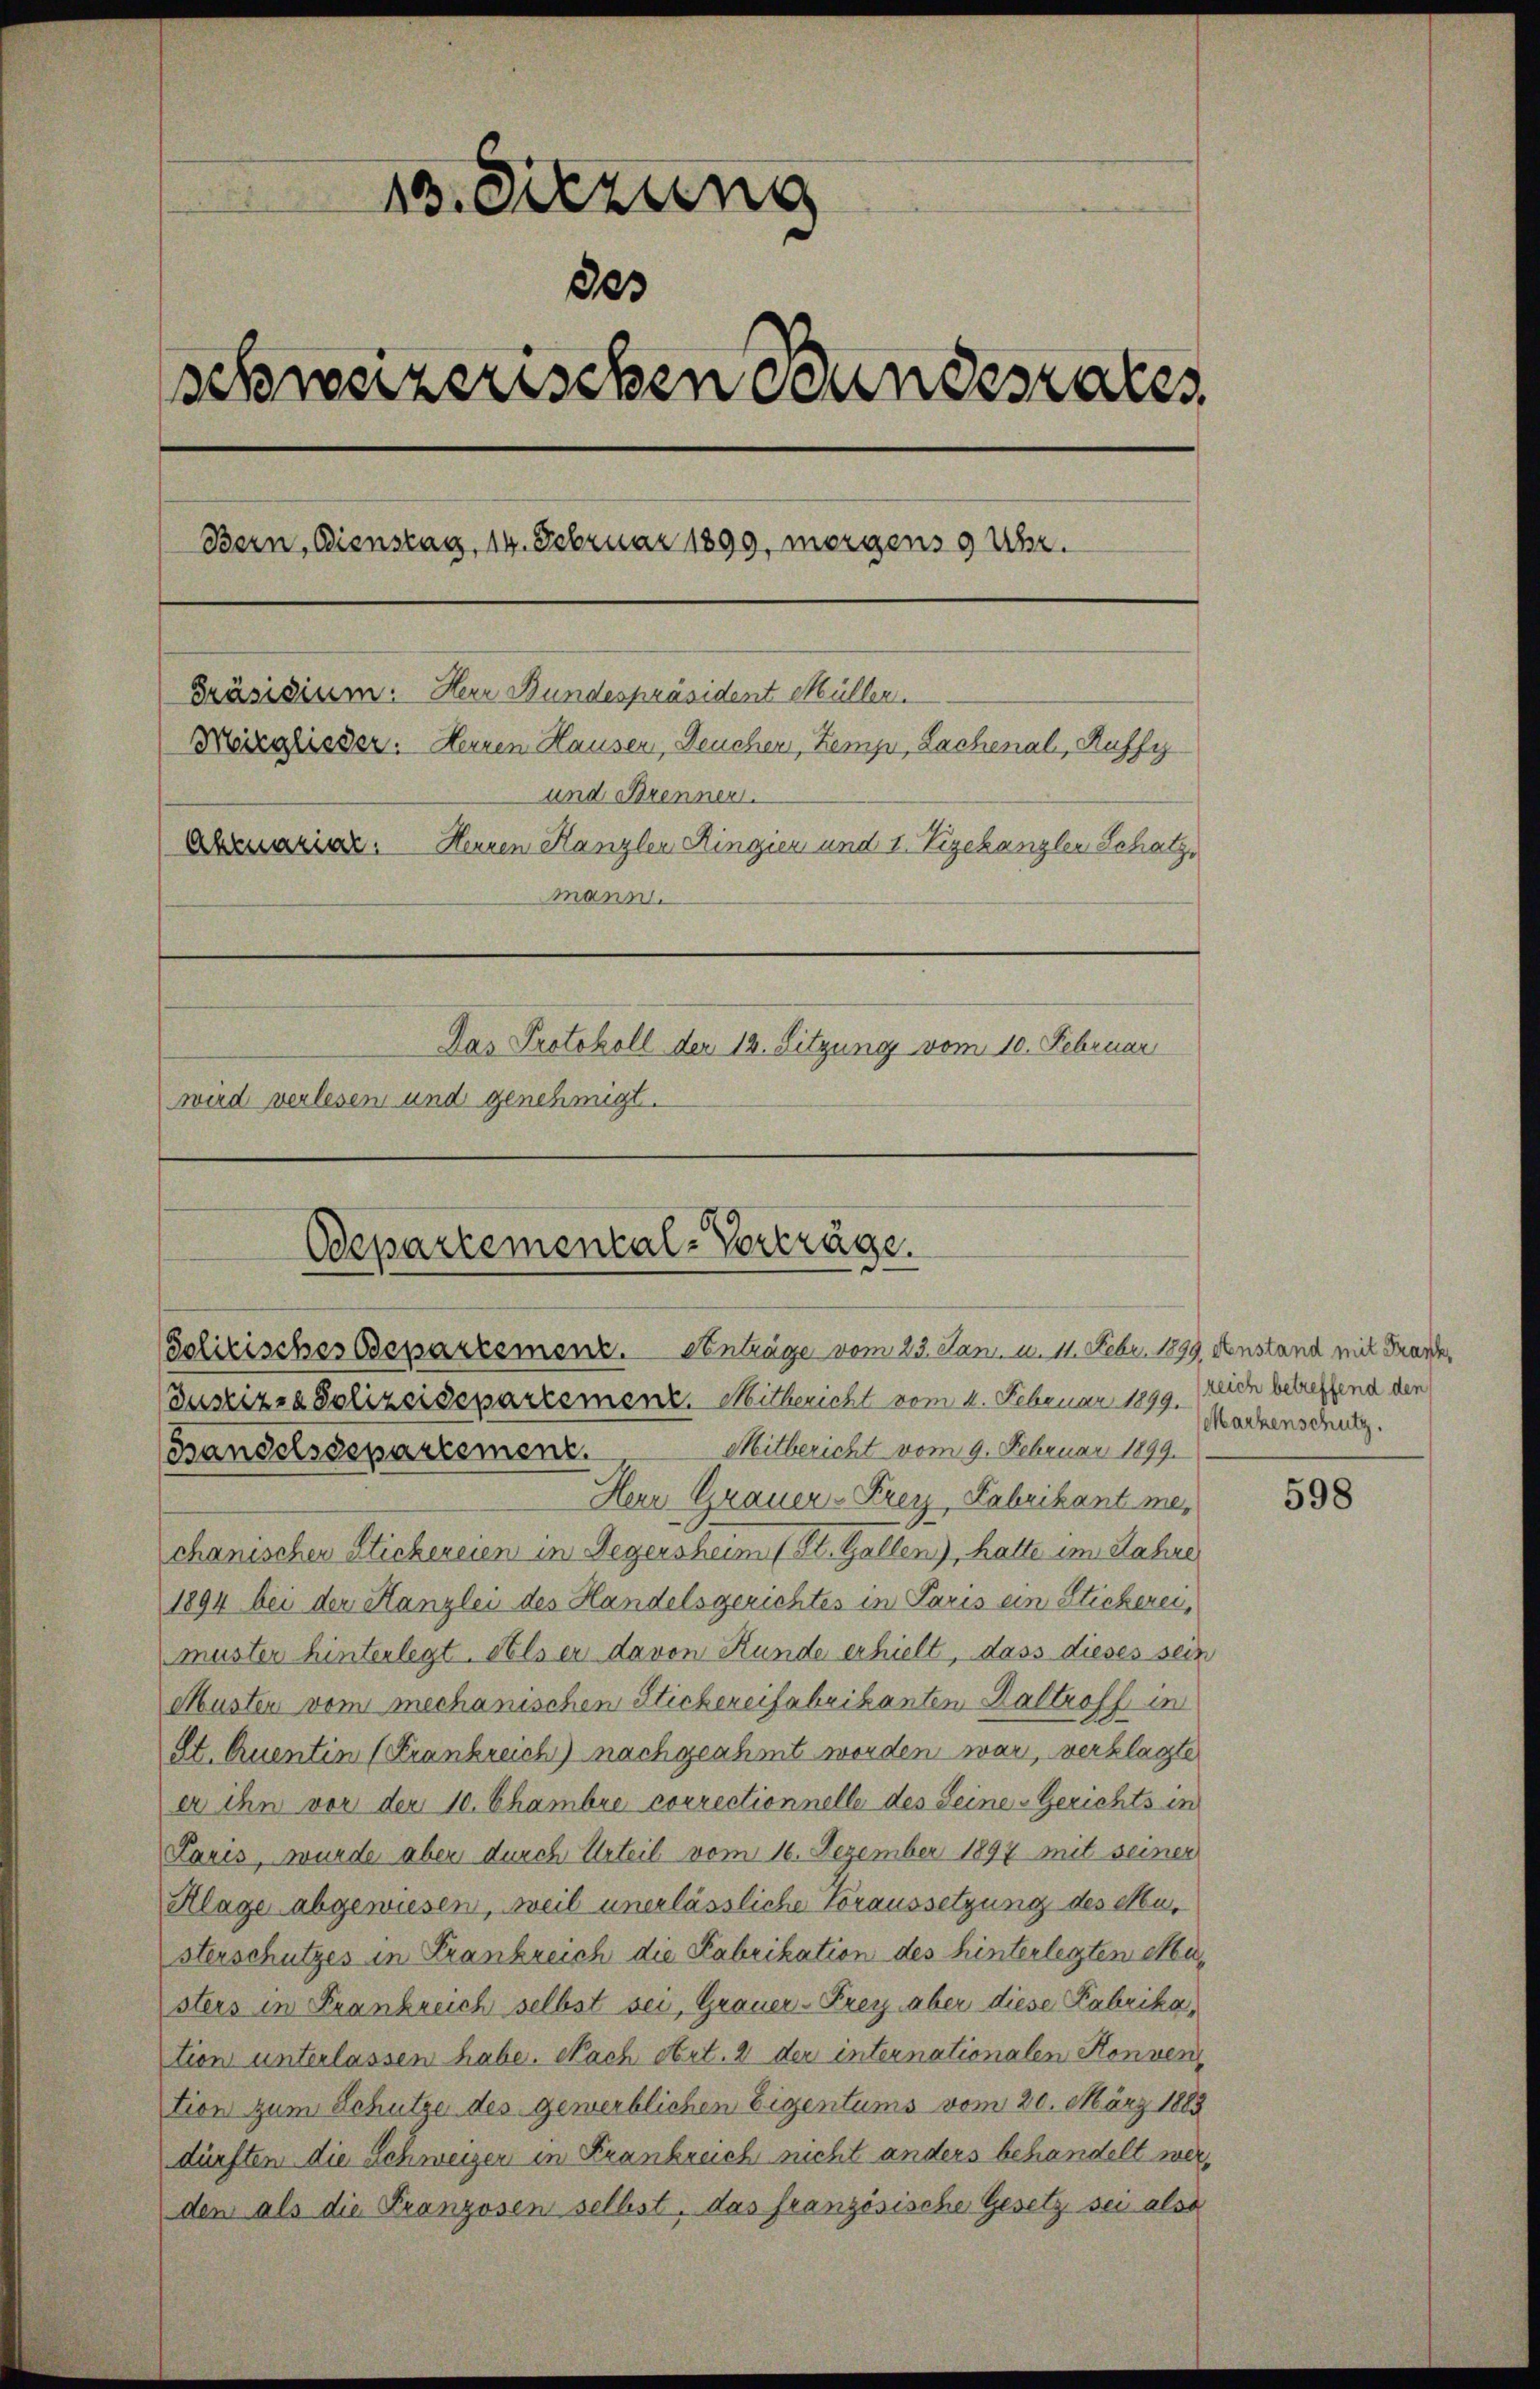
13. Sitzung
des
schweizerischen Bundesrates,
Bern, Dienstag, 14. Februar 1899, morgens 9 Uhr.
Präsidium. Herr Bundespräsident Müller.
Märglieder. Heinen Hausen, Deuchen, Zemp, Lachenal, Ruffy
und Brenner.
Abruariar. Herren Kanzler Ringier und 1. Vizekanzler Schatz
mann.
Das Protokoll der 12. Sitzung vom 10. Februar
wird verlesen und genehmigt.

Justiz- & Polizeisepartement. Mitbericht vom 4. Februar 1899.
Mitbericht vom 9. Februar 1899.
(andelsdepartement.
Herr Grauer Frey, Fabrikant mechanischer Stichereien in Gegensheim (St. Gallen), hatte im Jahre
1894 bei der Kanzlei des Handelsgerichtes in Paris ein Stickerei,
muster hinterlegt. Als er davon Stunde erhielt, dass dieses sein
Musten vom mechanischen Stichereifabrikanten Kaltroff in
St. Quentin (Frankreich) nachgeahmt worden war, verklagte
er ihn vor der 10. Chambre correctionnelle des Seine-Gerichts in
Paris, wurde aber durch Urteil vom 16. Dezember 1897 mit seiner
Klage abgewiesen, weil unerlässliche Voraussetzung des Musterschutzes in Krankreich die Fabrikation des hinterlegten Masters in Frankreich selbst sei, Grauer-Frey aber diese Fabrikation unterlassen habe. Nach Art. 2 der internationalen Konven
tion zum Schütze des gewerblichen Eigentums vom 20. März 1883
dürften die Schweizen in Frankreich nicht anders behandelt werden als die Franzosen selbst, das französische Gesetz sei also

Odepartemental-Vorträge.
Politisches Departement. Anträge vom 23. Jani u. 11. Febr. 1899 denstand mit Franke,

reich betreffend den
Marzenschutz.

598